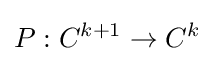
P:C^{k+1}\to C^{k}